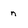
Character: n